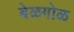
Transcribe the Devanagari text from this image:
बेळगोळ